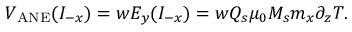
V _ { \mathrm { A N E } } ( I _ { - x } ) = w E _ { y } ( I _ { - x } ) = w Q _ { s } \mu _ { 0 } M _ { s } m _ { x } \partial _ { z } T .